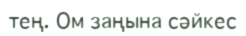
тең. Ом заңына сәйкес